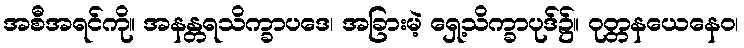
အစီအရင်ကို။ အနန္တရသိက္ခာပဒေ၊ အခြားမဲ့ ရှေ့သိက္ခာပုဒ်၌။ ဝုတ္တနယေနေဝ၊